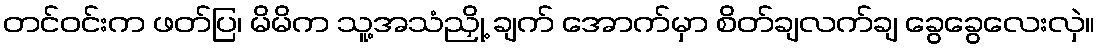
တင်ဝင်းက ဖတ်ပြ၊ မိမိက သူ့အသံညှို့ ချက် အောက်မှာ စိတ်ချလက်ချ ခွေခွေလေးလှဲ။